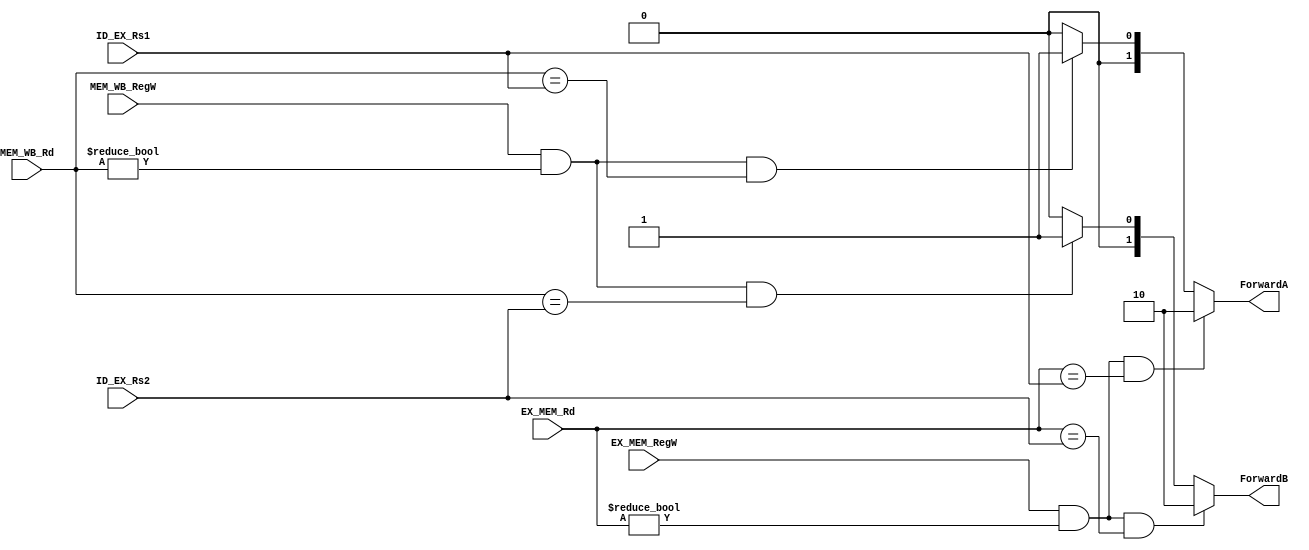
`timescale 1ns / 1ps
//////////////////////////////////////////////////////////////////////////////////
// Company: 
// Engineer: 
// 
// Design Name: 
// Module Name: ForwardingUnit
// Project Name: 
// Target Devices: 
// Tool Versions: 
// Description: 
// 
// Dependencies: 
// 
// Revision:
// Revision 0.01 - File Created
// Additional Comments:
// 
//////////////////////////////////////////////////////////////////////////////////


module ForwardingUnit(input [4:0] ID_EX_Rs1, ID_EX_Rs2, EX_MEM_Rd, MEM_WB_Rd, input EX_MEM_RegW, MEM_WB_RegW,
output reg [1:0] ForwardA, ForwardB);

always @ (*) begin
    if(EX_MEM_RegW && (EX_MEM_Rd != 0) && (EX_MEM_Rd == ID_EX_Rs1)) 
    ForwardA = 2'b10; //EX_MEM_ALU_out
    
    else if(MEM_WB_RegW && (MEM_WB_Rd != 0) && (MEM_WB_Rd == ID_EX_Rs1))
    ForwardA = 2'b01; //MEM_MUX
   
    else  ForwardA = 2'b00; //Reg1
    
    end
always @ (*) begin

    if(EX_MEM_RegW && (EX_MEM_Rd != 0) && (EX_MEM_Rd == ID_EX_Rs2))
        ForwardB = 2'b10; //EX_MEM_ALU_out
        
    else if(MEM_WB_RegW && (MEM_WB_Rd != 0) && (MEM_WB_Rd == ID_EX_Rs2) )
        ForwardB = 2'b01; //MEM_MUX
        
    else ForwardB = 2'b00; //Reg2

end



endmodule